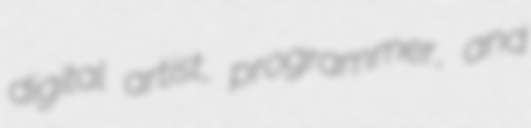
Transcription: digital artist, programmer, and